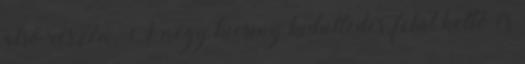
alsó részén. A négy kicsiny kidülledés, felül kettő és